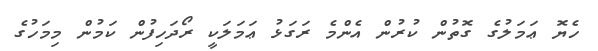
ހެޔޮ ޢަމަލުގެ ގޮތުން ކުރުން އެންމެ ރަގަޅު ޢަމަލަކީ ރޯދަހިފުން ކަމުން މިމަހުގެ